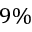
9 \%